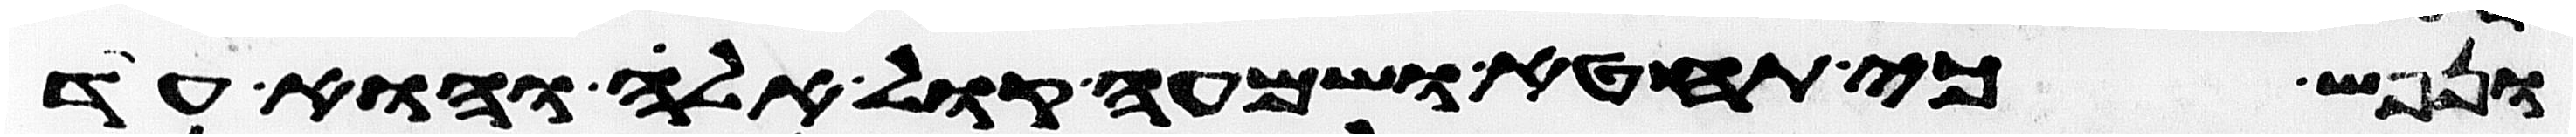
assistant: ונפש כי תחטא ושמעה קול אלה והוא עד